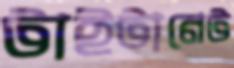
টাইটানেট